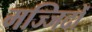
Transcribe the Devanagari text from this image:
मज्जिदों